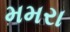
મમરા